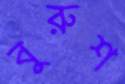
বুরুশ